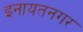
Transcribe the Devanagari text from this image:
इनायतनगर